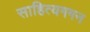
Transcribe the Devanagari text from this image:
साहित्यगगन